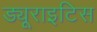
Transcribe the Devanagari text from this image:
ड्यूराइटिस